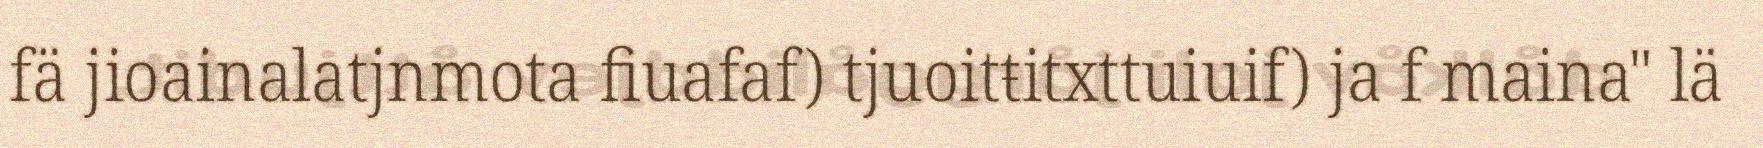
fä jioainalatjnmota fiuafaf) tjuoitŧitxttuiuif) ja f maina" lä